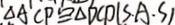
\Delta A C P \cong \Delta D C D ( S . A . S )